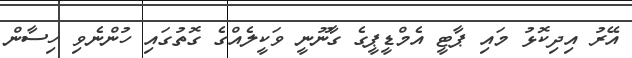
އޭރު އިދިކޮޅު މައި ޕާޓީ އެމްޑީޕީގެ ގާނޫނީ ވަކީލެއްގެ ގޮތުގައި ހުންނެވި ހިސާން